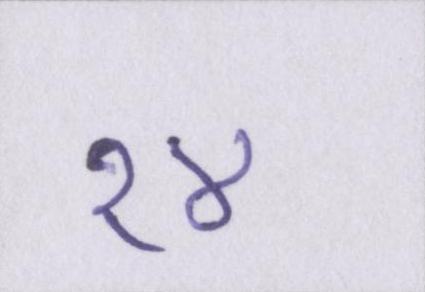
१४